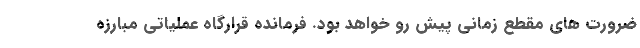
ضرورت های مقطع زمانی پیش رو خواهد بود. فرمانده قرارگاه عملیاتی مبارزه